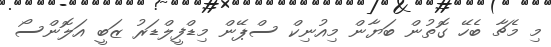
މި މެޗާ ބެހޭ ގޮތުން ބަޔާން މިއުނިކް ސްޕޭން މިޑްފީލްޑަރު ޒަބީ އަލޮންސޯ